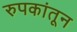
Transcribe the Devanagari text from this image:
रुपकांतून